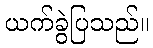
ယက်ခွဲပြသည်။